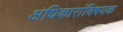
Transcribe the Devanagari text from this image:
अधिकारांविषयक